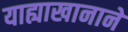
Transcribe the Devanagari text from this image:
याह्याखानाने